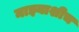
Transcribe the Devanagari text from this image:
माझ्याशीच